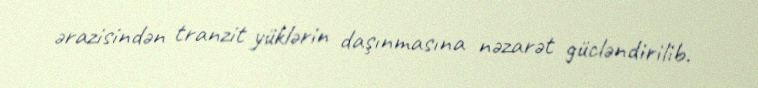
ərazisindən tranzit yüklərin daşınmasına nəzarət gücləndirilib.